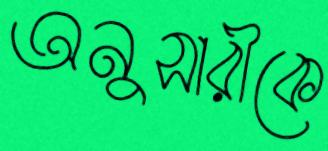
অনুসারীকে